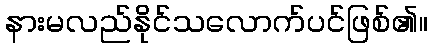
နားမလည်နိုင်သလောက်ပင်ဖြစ်၏။